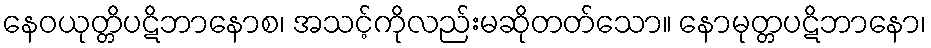
နေဝယုတ္တိပဋိဘာနောစ၊ အသင့်ကိုလည်းမဆိုတတ်သော။ နောမုတ္တပဋိဘာနော၊